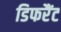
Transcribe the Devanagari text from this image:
डिफरैंट